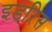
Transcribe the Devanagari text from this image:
इडरिस